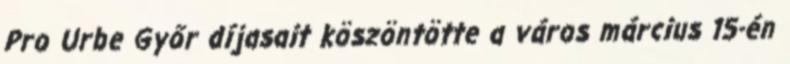
Pro Urbe Győr díjasait köszöntötte a város március 15-én